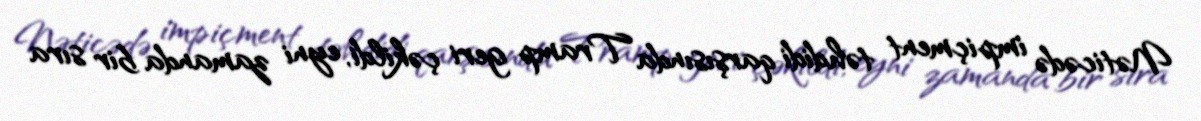
Nəticədə impiçment təhdidi qarşısında Tramp geri çəkildi, eyni zamanda bir sıra